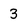
Character: 3